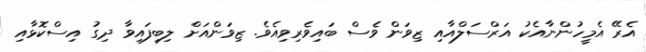
އެރޭ އެމީހުންނާއެކު އަރްސަލްއާއި ޒިވަން ވެސް ބައިވެރިވިއެވެ. ޒިވަންއަށް ލިބިފައިވާ ދިގު އިސްކޮޅާއި